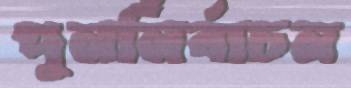
পুনর্নির্বাচন